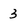
Character: 3